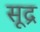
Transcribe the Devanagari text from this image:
सूद्र